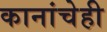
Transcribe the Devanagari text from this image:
कानांचेही